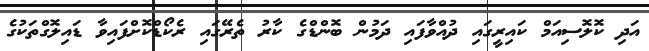
އަދި ކޮލޮސިއަމް ކައިރީގައި ދުއްވާފައި ދަމުން ބޮންޑްގެ ކާރު ތެރޭގައި ރެކޯޑްކޮށްފައިވާ ޑައިލޮގްތަކުގެ